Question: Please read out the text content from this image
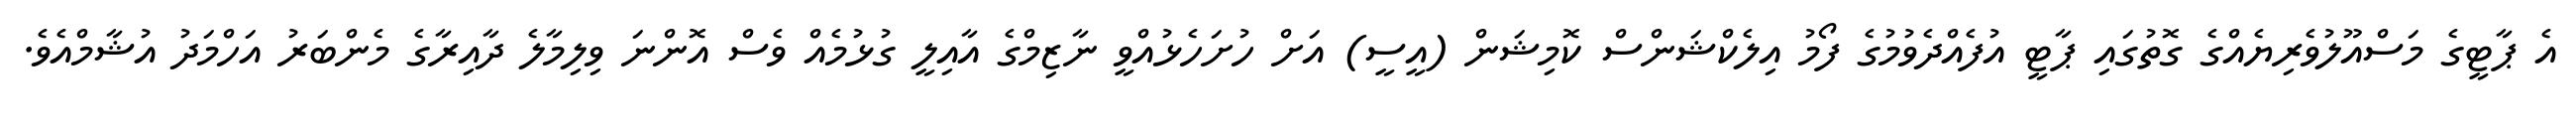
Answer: އެ ޕާޓީގެ މަސްއޫލުވެރިޔެއްގެ ގޮތުގައި ޕާޓީ އުފެއްދެވުމުގެ ފޯމު އިލެކްޝަންސް ކޮމިޝަން (އީސީ) އަށް ހުށަހެޅުއްވީ ނާޒިމްގެ އާއިލީ ގުޅުމެއް ވެސް އޮންނަ ވިލިމާލެ ދާއިރާގެ މެންބަރު އަހްމަދު އުޝާމްއެވެ.